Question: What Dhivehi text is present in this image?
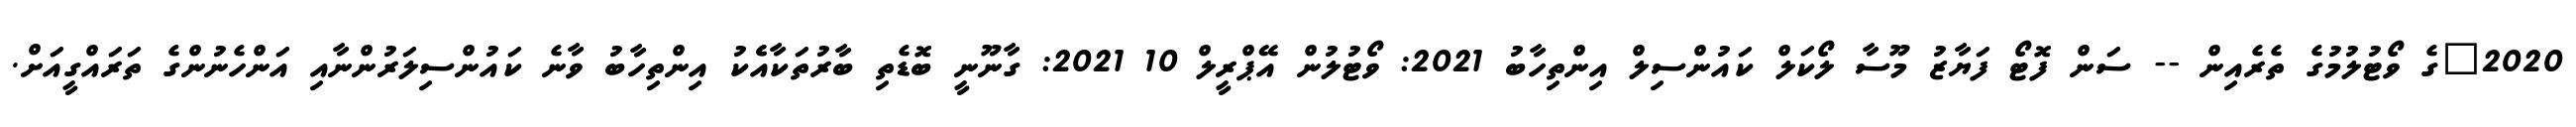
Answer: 2020"ގެ ވޯޓުލުމުގެ ތެރެއިން -- ސަން ފޮޓޯ ފަޔާޒު މޫސާ ލޯކަލް ކައުންސިލް އިންތިހާބު 2021: ވޯޓުލުން އޭޕްރީލް 10 2021: ގާނޫނީ ބޮޑެތި ބާރުތަކާއެެކު އިންތިހާބު ވާނެ ކައުންސިލަރުންނާއި އަންހެނުންގެ ތަރައްގީއަށް.